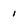
Character: 1